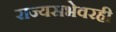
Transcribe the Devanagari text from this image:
राज्यसभेवरही